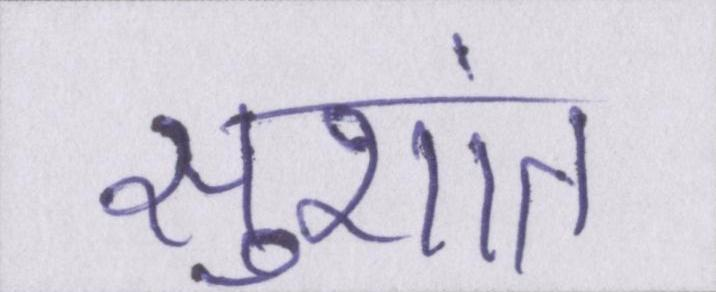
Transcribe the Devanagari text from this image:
सुशांत